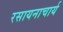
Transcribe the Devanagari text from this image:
रसायनाचार्य